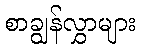
စာချွန်လွှာများ